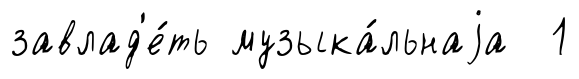
завлад'е́ть музыка́льнаjа 1